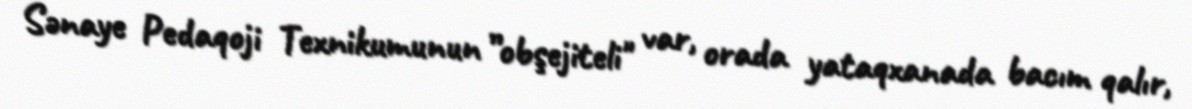
Sənaye Pedaqoji Texnikumunun ”obşejiteli" var, orada yataqxanada bacım qalır,